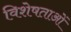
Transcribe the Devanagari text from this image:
विशेषताओें